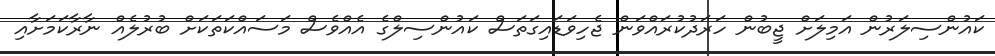
ކައުންސިލަރުން އަމިލަށް ޖީބުން ހަރަދުކުރައްވަން ޖެހިވަޑައިގަތަސް ކައުންސިލްގެ އެއްވެސް މަސައްކަތަކަށް ބުރުލެއް ނާރާކަމަށާއި